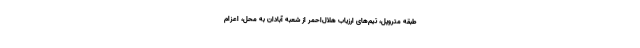
طبقه متروپل، تیم‌های ارزیاب هلال‌احمر از شعبه آبادان به محل، اعزام